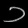
Digit: ၁